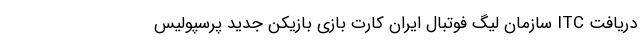
دریافت ITC سازمان لیگ فوتبال ایران کارت بازی بازیکن جدید پرسپولیس